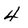
Character: 4